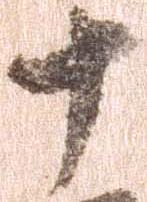
十